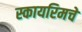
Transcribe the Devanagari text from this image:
स्कायरिमचे